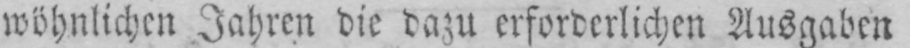
wöhnlichen Jahren die dazu erforderlichen Ausgaben